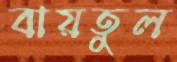
বায়তুল